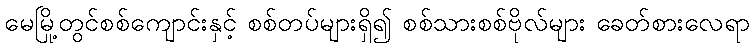
မေမြို့တွင်စစ်ကျောင်းနှင့် စစ်တပ်များရှိ၍ စစ်သားစစ်ဗိုလ်များ ခေတ်စားလေရာ